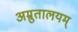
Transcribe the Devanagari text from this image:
अम्रुतालयम्